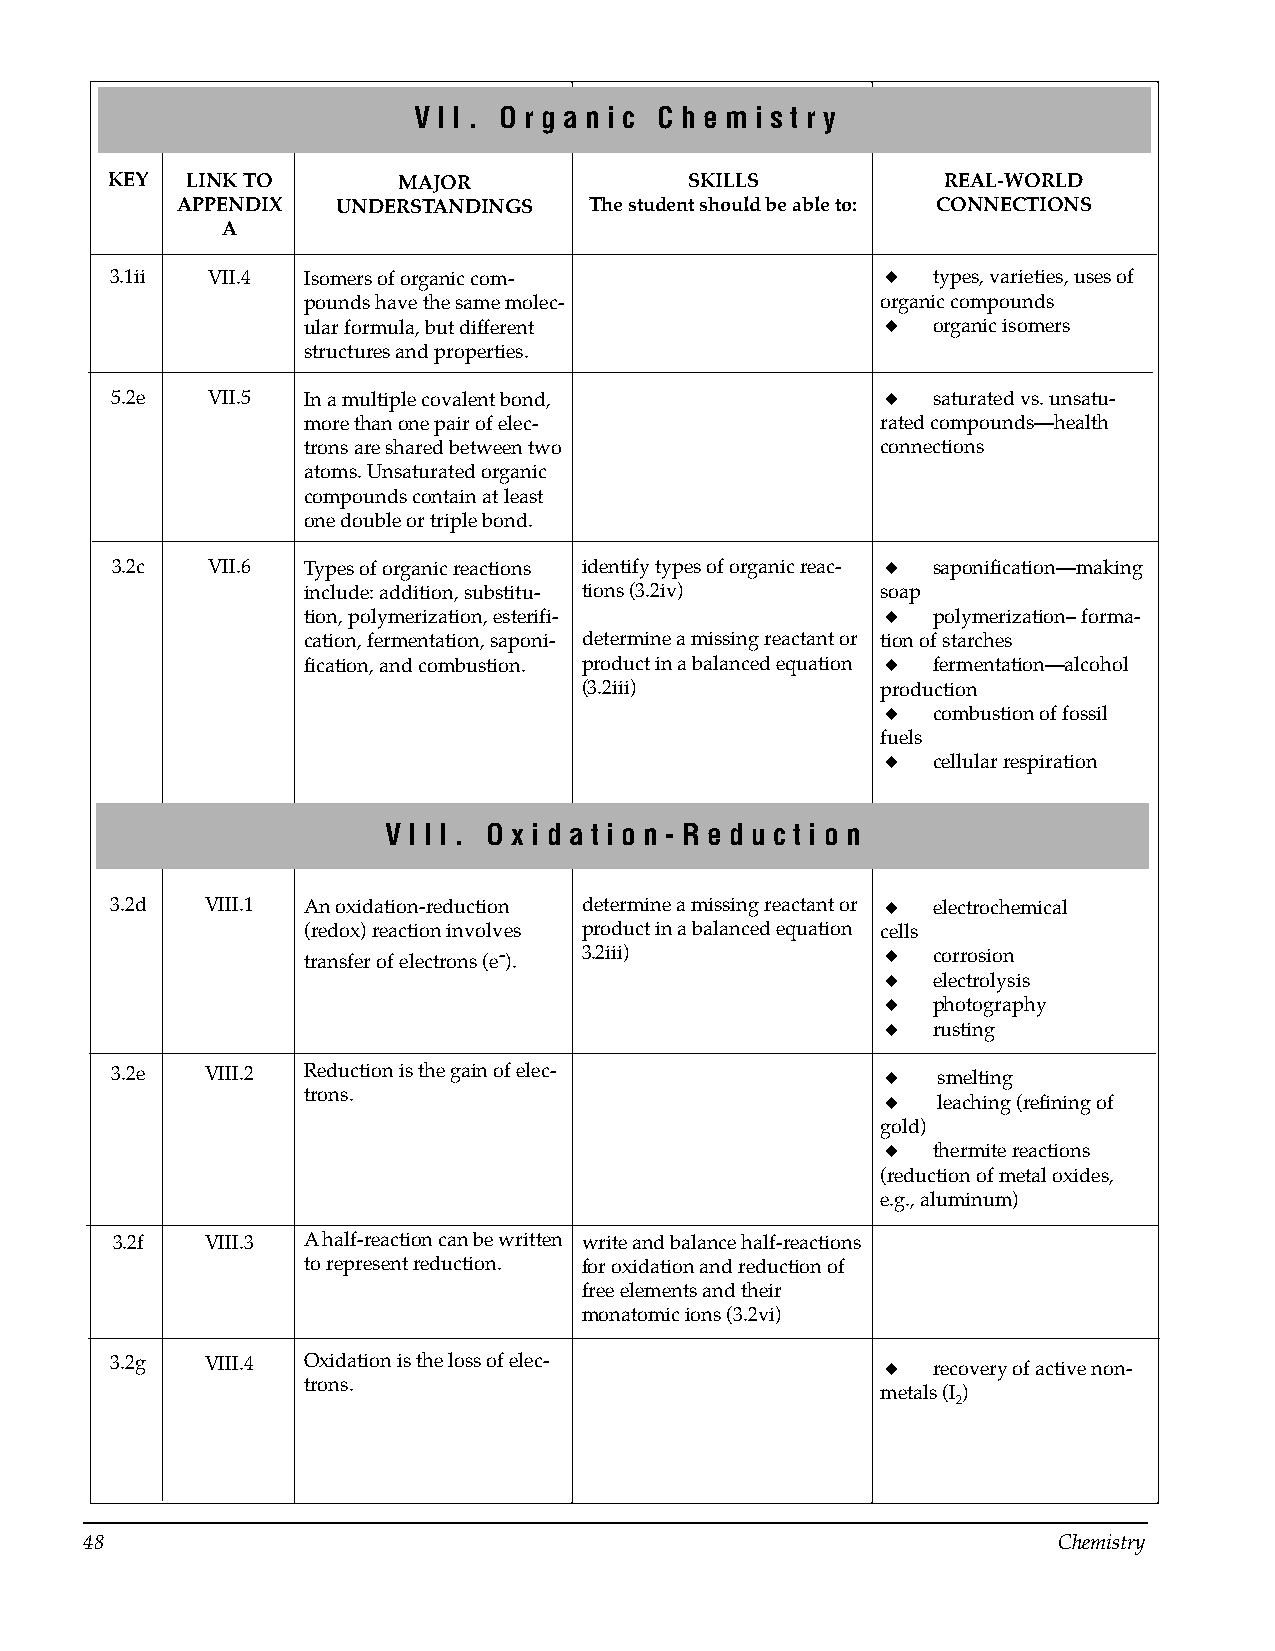
V I I . O r g a n i c C h e m i s t r y
 KEY  LINK TO       MAJOR               SKILLS           REAL-WORLD
 APPENDIX  UNDERSTANDINGS   The student should be able to: CONNECTIONS
 A
 3.1ii  VII.4 Isomers of organic com-                ◆  types, varieties, uses of
 pounds have the same molec­           organic compounds
 ular formula, but different            ◆  organic isomers
 structures and properties.
 5.2e   VII.5 In a multiple covalent bond,           ◆  saturated vs. unsatu­
 more than one pair of elec-           rated compounds—health
 trons are shared between two          connections
 atoms. Unsaturated organic
 compounds contain at least
 one double or triple bond.
 3.2c   VII.6 Types of organic reactions identify types of organic reac­ ◆ saponification—making
 include: addition, substitu- tions (3.2iv) soap
 tion, polymerization, esterifi­        ◆  polymerization– forma­
 cation, fermentation, saponi­ determine a missing reactant or tion of starches
 fication, and combustion. product in a balanced equation ◆ fermentation—alcohol
 (3.2iii)           production
 ◆  combustion of fossil
 fuels
 ◆  cellular respiration
 V I I I . O x i d a t i o n - R e d u c t i o n
 3.2d   VIII.1 An oxidation-reduction determine a missing reactant or ◆ electrochemical
 (redox) reaction involves product in a balanced equation cells
 transfer of electrons (e- ). 3.2iii)   ◆  corrosion
 ◆  electrolysis
 ◆  photography
 ◆  rusting
 3.2e   VIII.2 Reduction is the gain of elec­        ◆  smelting
 trons.                                 ◆  leaching (refining of
 gold)
 ◆  thermite reactions
 (reduction of metal oxides,
 e.g., aluminum)
 3.2f   VIII.3 A half-reaction can be written write and balance half-reactions
 to represent reduction. for oxidation and reduction of
 free elements and their
 monatomic ions (3.2vi)
 3.2g   VIII.4 Oxidation is the loss of elec­        ◆  recovery of active non­
 trons.
 metals (I)
 2
 48                                                              Chemistry